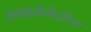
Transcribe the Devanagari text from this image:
स्पाइरोमेट्रीपर